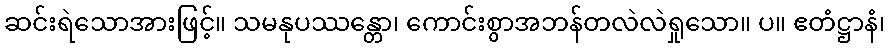
ဆင်းရဲသောအားဖြင့်။ သမနုပဿန္တော၊ ကောင်းစွာအဘန်တလဲလဲရှုသော။ ပ။ ဧတံဋ္ဌာနံ၊